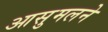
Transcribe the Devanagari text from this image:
आसुमलने